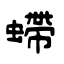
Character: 螮